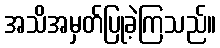
အသိအမှတ်ပြုခဲ့ကြသည်။